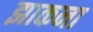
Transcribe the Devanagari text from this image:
झाकना